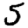
Digit: 5